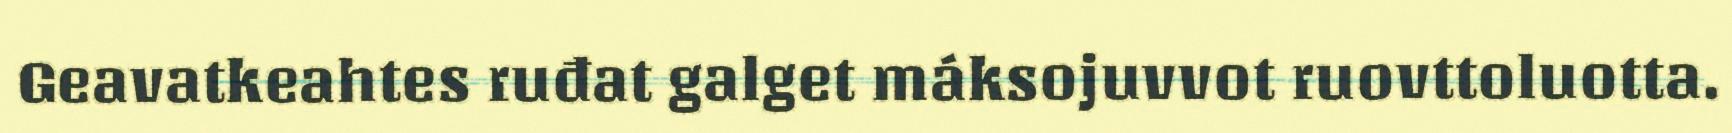
Geavatkeahtes ruđat galget máksojuvvot ruovttoluotta.